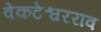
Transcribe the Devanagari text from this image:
वेंकटेश्वरराव